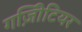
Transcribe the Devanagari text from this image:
गज़िीटियर